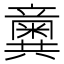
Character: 𥫆